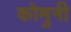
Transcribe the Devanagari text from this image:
कोमुनी